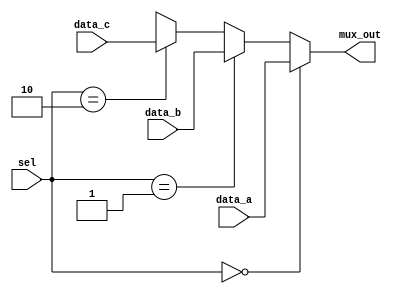

module Multiplexer_3ch #(
    parameter word_size = 8
) (
    //mux_out := Bus_2
    output [word_size-1: 0] mux_out,
    // data_a := alu_out
    input [word_size-1: 0] data_a, 
    // data_b := Bus_1
    input [word_size-1: 0] data_b, 
    // data_c := mem_word
    input [word_size-1: 0] data_c,
    // sel := Sel_Bus_2_Mux
    input [1: 0] sel
);
    assign mux_out = (sel == 0) ? data_a: 
        (sel == 1) ? data_b : 
        (sel == 2) ? data_c:
        'bx;
endmodule